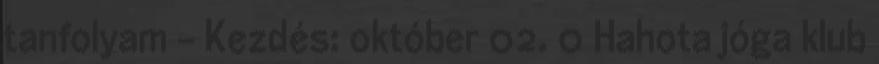
tanfolyam – Kezdés: október 02. 0 Hahota jóga klub